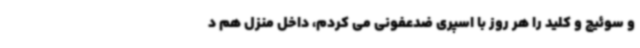
و سوئیچ و کلید را هر روز با اسپری ضدعفونی می کردم، داخل منزل هم د